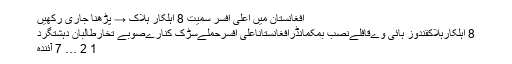
افغانستان میں اعلی افسر سمیت 8 اہلکار ہلاک → پڑھنا جاری رکھیں
8 اہلکارہلاکقندوز ہائی وےقافلےنصب بمکمانڈرافغانستاناعلی افسرحملےسڑک کنارےصوبے تخارطالبان دہشتگرد
1 2 … 7 آئندہ